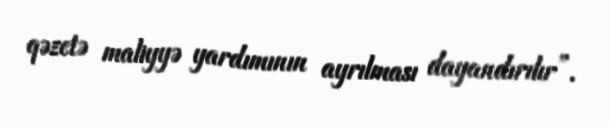
qəzetə maliyyə yardımının ayrılması dayandırılır”.